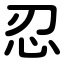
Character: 忍